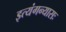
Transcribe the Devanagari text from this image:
इत्यंगन्यासः